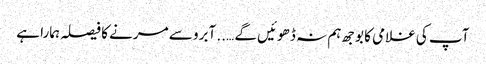
آپ کی غلامی کا بوجھ ہم نہ ڈھوئیں گے ….. آبرو سے مرنے کا فیصلہ ہمارا ہے